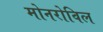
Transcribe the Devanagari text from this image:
मोनरोविल